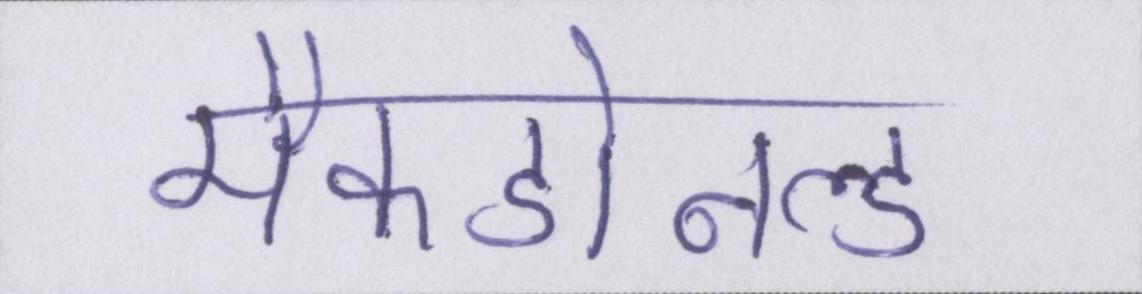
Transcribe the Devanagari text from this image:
मैकडोनल्ड